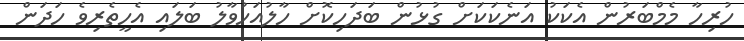
ހުރިހާ މެމްބަރުން އެކަކު އަނެކަކަށް ގުޅުން ބަދަހިކޮށް ހާލުއަހުވާލު ބަލައި އެހީތެރިވެ ހަދަން